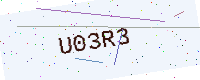
Text: U03R3